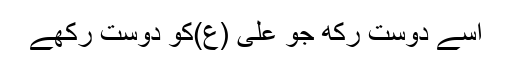
اسے دوست رکھ جو علی (ع)کو دوست رکھے